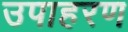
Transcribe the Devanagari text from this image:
उपाहरण